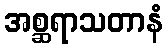
အစ္ဆရာသတာနံ